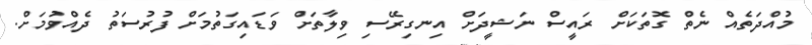
މުއްދަތެއް ނެތް ގޮތަކަށް ރައީސް ނަޝީދަށް އިނގިރޭސި ވިލާތަށް ވަޑައިގަތުމަށް ފުރުސަތު ދެއްވުމަށް.